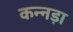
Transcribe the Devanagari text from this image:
कन्नड़ा